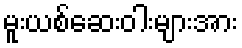
မူးယစ်ဆေးဝါးများအား